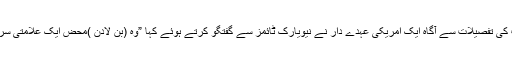
ان دستاویزات کی تفصیلات سے آگاہ ایک امریکی عہدے دار نے نیویارک ٹائمز سے گفتگو کرتے ہوئے کہا ”وہ (بن لادن )محض ایک علامتی سربراہ نہیں تھا۔